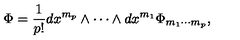
\Phi = \frac { 1 } { p ! } d x ^ { m _ { p } } \wedge \cdots \wedge d x ^ { m _ { 1 } } \Phi _ { m _ { 1 } \cdots m _ { p } } ,